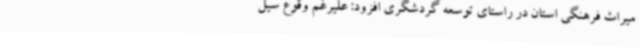
میراث فرهنگی استان در راستای توسعه گردشگری افزود: علیرغم وقوع سیل